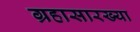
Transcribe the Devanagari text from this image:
ग्रहासारख्या